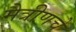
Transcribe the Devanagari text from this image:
मैत्रीणचे